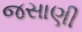
જસાણી